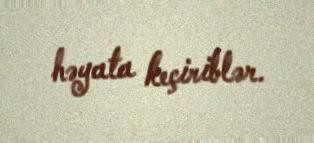
həyata keçiriblər.